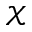
\mathcal { X }